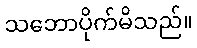
သဘောပိုက်မိသည်။